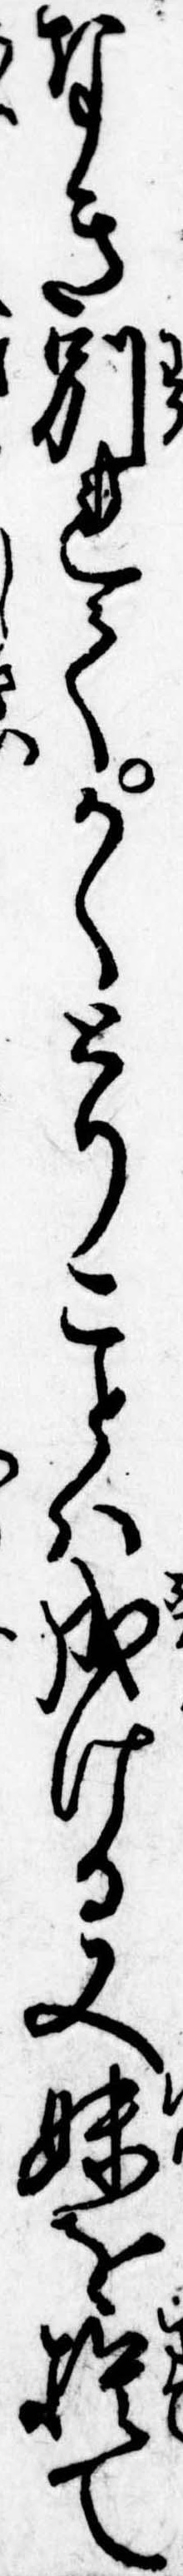
なき別れてかくとりことは成ける又妹を捨て